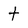
Character: t